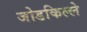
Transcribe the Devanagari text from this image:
जोडकिल्ले